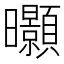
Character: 𭨖